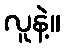
လူနဲ့။